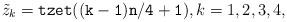
LaTeX: \begin{align*}\tilde z_k={\tt tzet((k-1)n/4+1)}, k=1,2,3,4,\end{align*}